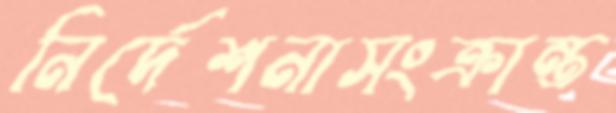
নির্দেশনাসংক্রান্ত